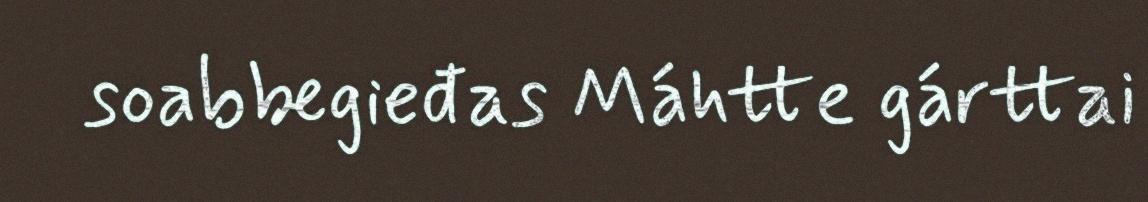
soabbegieđas Máhtte gárttai